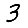
Digit: 3